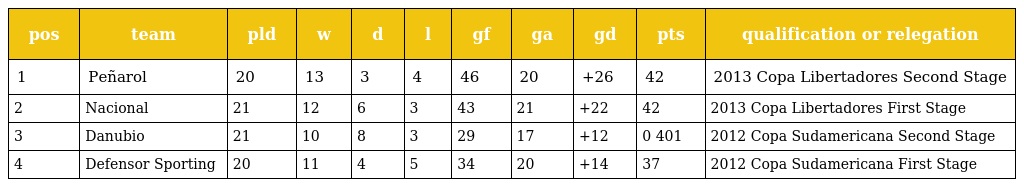
| pos | team | pld | w | d | l | gf | ga | gd | pts | qualification or relegation |
 | --- | --- | --- | --- | --- | --- | --- | --- | --- | --- | --- |
 | 1 | Peñarol | 20 | 13 | 3 | 4 | 46 | 20 | +26 | 42 | 2013 Copa Libertadores Second Stage |
 | 2 | Nacional | 21 | 12 | 6 | 3 | 43 | 21 | +22 | 42 | 2013 Copa Libertadores First Stage |
 | 3 | Danubio | 21 | 10 | 8 | 3 | 29 | 17 | +12 | 0 401 | 2012 Copa Sudamericana Second Stage |
 | 4 | Defensor Sporting | 20 | 11 | 4 | 5 | 34 | 20 | +14 | 37 | 2012 Copa Sudamericana First Stage |